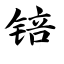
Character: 锫